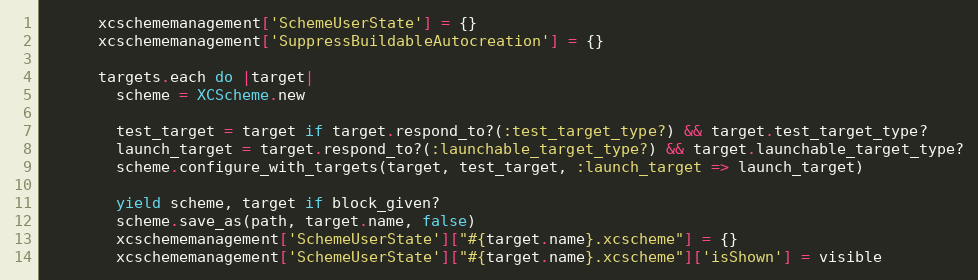
Language: Ruby
      xcschememanagement['SchemeUserState'] = {}
      xcschememanagement['SuppressBuildableAutocreation'] = {}

      targets.each do |target|
        scheme = XCScheme.new

        test_target = target if target.respond_to?(:test_target_type?) && target.test_target_type?
        launch_target = target.respond_to?(:launchable_target_type?) && target.launchable_target_type?
        scheme.configure_with_targets(target, test_target, :launch_target => launch_target)

        yield scheme, target if block_given?
        scheme.save_as(path, target.name, false)
        xcschememanagement['SchemeUserState']["#{target.name}.xcscheme"] = {}
        xcschememanagement['SchemeUserState']["#{target.name}.xcscheme"]['isShown'] = visible